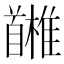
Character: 𩠳